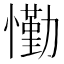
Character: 懄